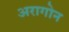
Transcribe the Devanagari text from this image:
अरागोन